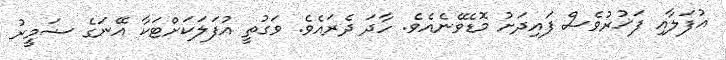
އުފަލާއި ފަޚުރުވެސް ފައިދަށު މޮޑެވޭނެއެވެ. ހާދަ ދެރައެވެ. ވަގުތީ އުފަލަކަށްޓަކާ އޭނަގެ ޟަމީރު